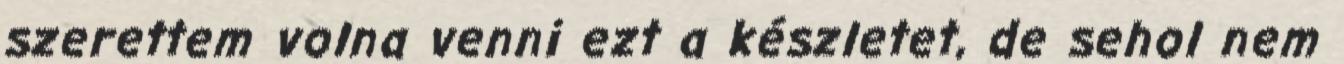
szerettem volna venni ezt a készletet, de sehol nem